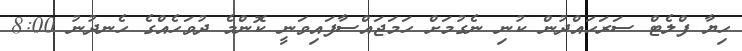
ހިޔާ ފްލެޓް ސަރަހައްދުން ކުނި ނެގުމަށް ހަމަޖައްސާފައިވަނީ ކޮންމެ ދުވަހެއްގެ ހެނދުނު 8:00